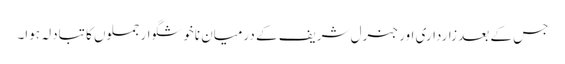
جس کے بعد زارداری اور جنرل شریف کے درمیان ناخوشگوار جملوں کا تبادلہ ہوا۔